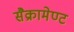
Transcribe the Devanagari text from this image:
सैक्रामेण्ट